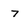
Character: 7